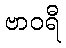
ဗာဝရီ